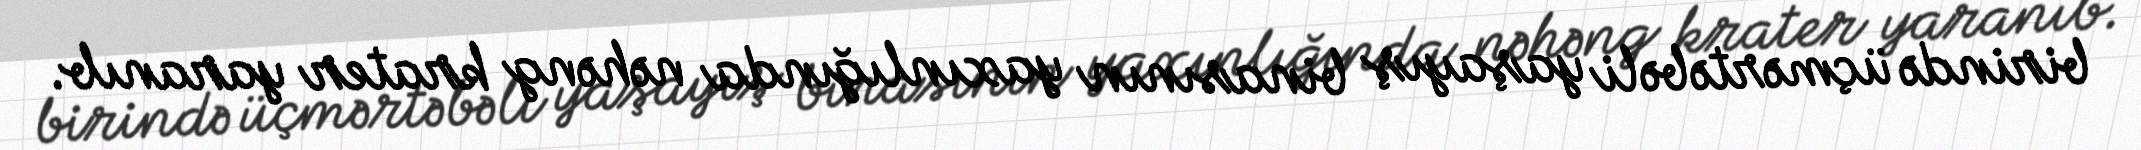
birində üçmərtəbəli yaşayış binasının yaxınlığında nəhəng krater yaranıb.